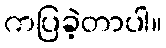
ကပြခဲ့တာပါ။